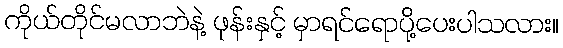
ကိုယ်တိုင်မလာဘဲနဲ့ ဖုန်းနှင့် မှာရင်ရောပို့ပေးပါသလား။